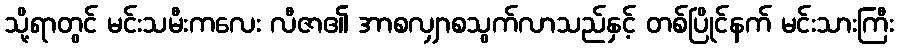
သို့ရာတွင် မင်းသမီးကလေး လီဇာ၏ အာစလျှာစသွက်လာသည်နှင့် တစ်ပြိုင်နက် မင်းသားကြီး